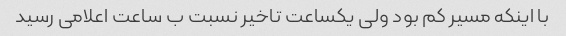
با اینکه مسیر کم بود ولی یکساعت تاخیر نسبت ب ساعت اعلامی رسید